Annual returns of the Patna Lunatic Asylum at Bankipore in Bihar and Orissa - 1912-1924
Year: 1912
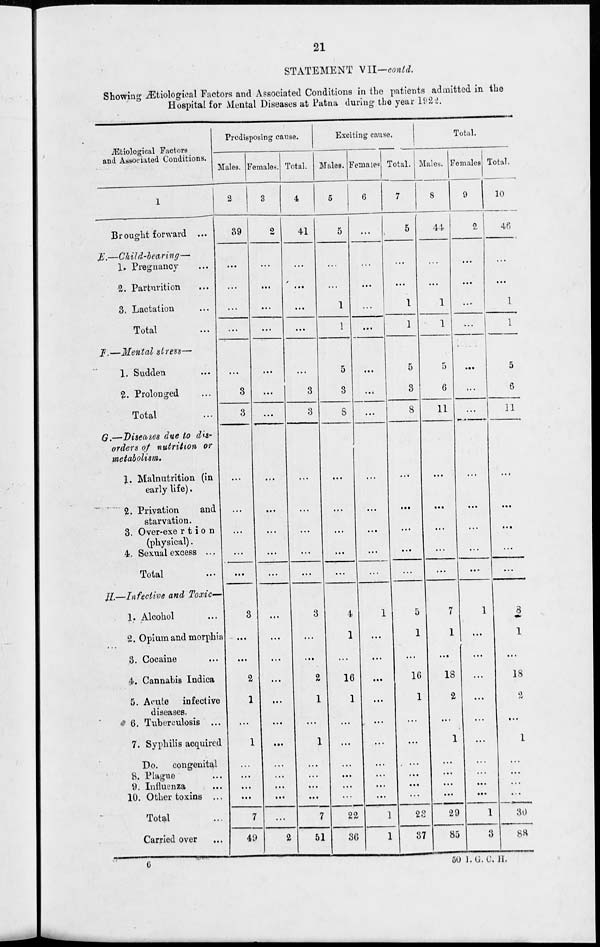
21
STATEMENT VII—contd.
Showing Ætiological Factors and Associated Conditions in the patients admitted in the
Hospital for Mental Diseases at Patna during the year 1922.
Ætiological Factors
and Associated Conditions.
1
Brought forward ...
E.—
F.—
G.—
II.—
Child-bearing—
1. Pregnancy ...
2. Parturition ...
3. Lactation ...
Total ...
Mental stress—
1. Sudden ...
2. Prolonged ...
Total ...
Diseases due to dis-
orders of nutrition or
metabolism.
1. Malnutrition (in
early life).
2. Privation
and
starvation.
3. Over-exertion
(physical).
4. Sexual excess ...
Total ...
Infective and Toxic—
1. Alcohol ...
2. Opium and morphia
3. Cocaine ...
4. Cannabis Indica
5. Acute infective
diseases.
6. Tuberculosis ...
7. Syphilis acquired
Do. congenital
8. Plague ...
9. Influenza ...
10. Other toxins ...
Total ...
Carried over ...
Predisposing cause.
Males.
2
39
...
...
...
...
...
3
3
...
...
...
...
...
3
...
...
2
1
...
1
...
...
...
...
7
49
Females.
3
2
...
...
...
...
...
...
...
...
...
...
...
...
...
...
...
...
...
...
...
...
...
...
...
...
2
Total.
4
41
...
...
...
...
...
3
3
...
...
...
...
...
3
...
...
2
1
...
1
...
...
...
...
7
51
Exciting cause.
Males.
5
5
...
...
1
1
5
3
8
...
...
...
...
...
4
1
...
16
1
...
...
...
...
...
...
22
36
Females.
6
...
...
...
...
...
...
...
...
...
...
...
...
...
1
...
...
...
...
...
...
...
...
...
...
1
1
Total.
7
5
...
...
1
1
5
3
8
...
...
...
...
...
5
1
...
16
1
...
...
...
...
...
...
23
37
Total.
Males.
8
44
...
...
1
1
5
6
11
...
...
...
...
...
7
1
...
18
2
...
1
...
...
...
...
29
85
Females.
9
2
...
...
...
...
...
...
...
...
...
...
...
...
1
...
...
...
...
...
...
...
...
...
...
1
3
Total.
10
46
...
...
1
1
5
6
11
...
...
...
...
...
8
1
...
18
2
...
1
...
...
...
...
30
88
6
50 I. G. C. H.